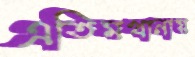
এতিমখানায়